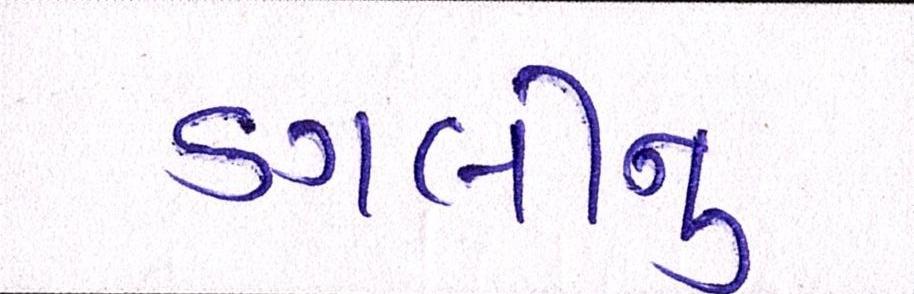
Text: ડગલીનું